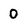
Character: 0